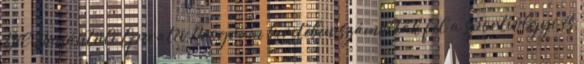
Dél-Dunántúli Operatív Program keretében számolták fel a sportvölgyi és